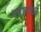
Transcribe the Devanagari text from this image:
रचानाओं